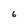
Character: 6